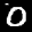
Digit: 0